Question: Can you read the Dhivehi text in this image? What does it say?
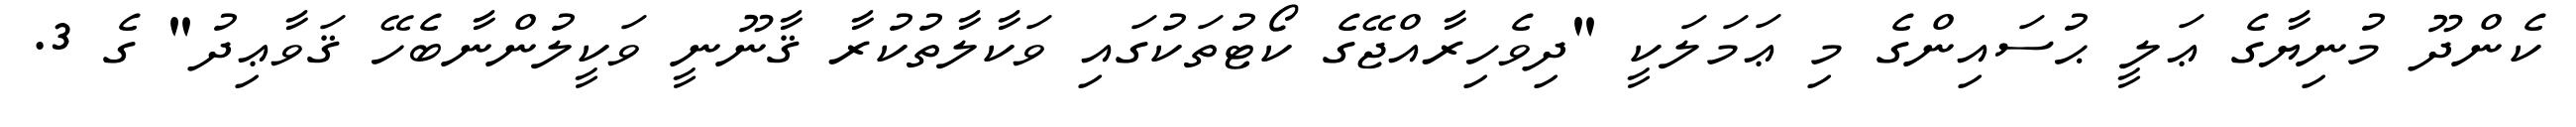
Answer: ކެންދޫ މުނިޔާގެ ޢަލީ ޙުސައިންގެ މި ޢަމަލަކީ "ދިވެހިރާއްޖޭގެ ކޯޓުތަކުގައި ވަކާލާތުކުރާ ޤާނޫނީ ވަކީލުންނާބެހޭ ޤަވާޢިދު" ގެ 3.